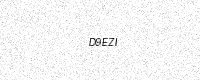
Text: D9EZI